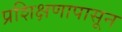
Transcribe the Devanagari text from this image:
प्रशिक्षणापासून